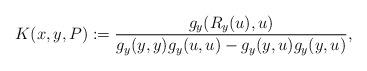
LaTeX: \begin{align*} K(x,y,P) :=\frac{g_y(R_y(u), u)}{g_y(y, y)g_y(u, u)- g_y(y, u)g_y(y, u)}, \end{align*}